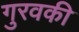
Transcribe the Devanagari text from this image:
गुरवकी